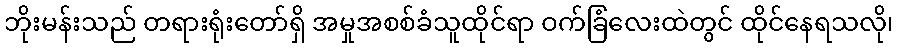
ဘိုးမန်းသည် တရားရုံးတော်ရှိ အမှုအစစ်ခံသူထိုင်ရာ ဝက်ခြံလေးထဲတွင် ထိုင်နေရသလို၊